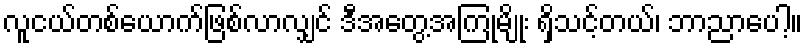
လူငယ်တစ်ယောက်ဖြစ်လာလျှင် ဒီအတွေ့အကြုံမျိုး ရှိသင့်တယ်၊ ဘာညာပေါ့။